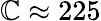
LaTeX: \mathbb{C}\approx225